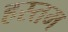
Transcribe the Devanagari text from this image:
हस्तम